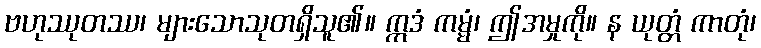
ဗဟုဿုတဿ၊ များသောသုတရှိသူ၏။ ဣဒံ ကမ္မံ၊ ဤအမှုကို။ န ယုတ္တံ ကာတုံ၊